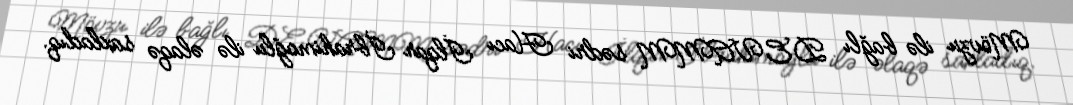
Mövzu ilə bağlı DEVAMM sədri Hacı İlqar İbrahimoğlu ilə əlaqə saxladıq.